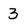
Character: 3